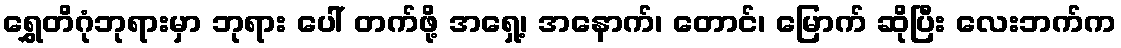
ရွှေတိဂုံဘုရားမှာ ဘုရား ပေါ် တက်ဖို့ အရှေ့၊ အနောက်၊ တောင်၊ မြောက် ဆိုပြီး လေးဘက်က